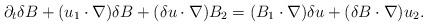
LaTeX: \begin{align*}\partial_{t}\delta B+(u_{1}\cdot\nabla)\delta B+(\delta u\cdot\nabla)B_{2}=(B_{1}\cdot\nabla)\delta u+(\delta B\cdot\nabla)u_{2}.\end{align*}